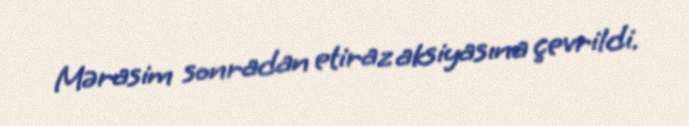
Mərasim sonradan etiraz aksiyasına çevrildi.